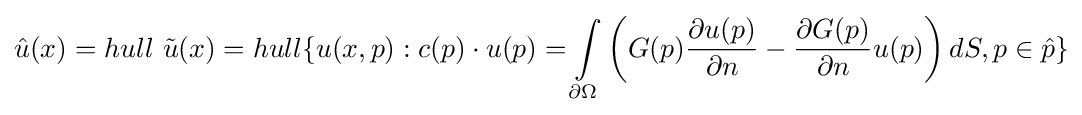
{\hat {u}}(x)=hull\ {\tilde {u}}(x)=hull\{u(x,p):c(p)\cdot u(p)=\int \limits _{\partial \Omega }\left(G(p){\frac {\partial u(p)}{\partial n}}-{\frac {\partial G(p)}{\partial n}}u(p)\right)dS,p\in {\hat {p}}\}